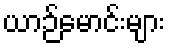
ယာဉ်မောင်းများ